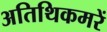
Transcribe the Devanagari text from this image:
अतिथिकमरें